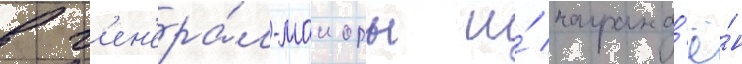
в г'ен'ера́л-маиоры и́ награжд'ё́н